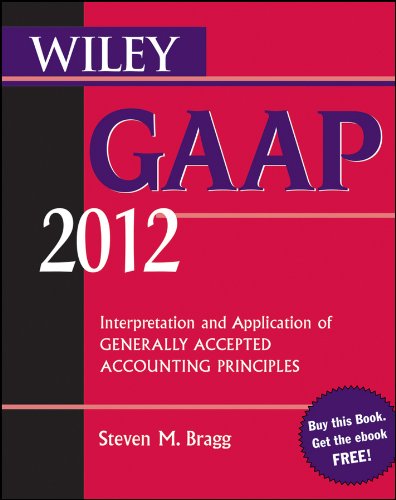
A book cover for Wiley GAAP 2012: Interpretation and Application of Generally Accepted Accounting Principles; Steven M. Bragg; Business & Money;